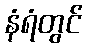
နံရံတွင်